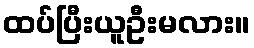
ထပ်ပြီးယူဦးမလား။